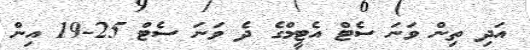
އަދި ތިން ވަނަ ސެޓް އެޓީމްގެ ދެ ވަނަ ސެޓް 25-19 އިން